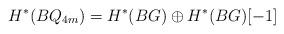
LaTeX: \begin{align*} H^*(BQ_{4m})=H^*(BG) \oplus H^*(BG)[-1]\end{align*}